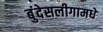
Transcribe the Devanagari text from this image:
बुंदेसलीगामधे